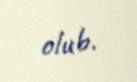
olub.